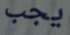
يجب